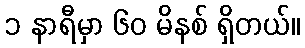
၁ နာရီမှာ ၆၀ မိနစ် ရှိတယ်။